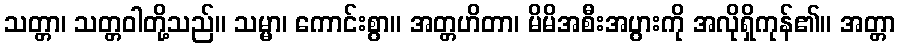
သတ္တာ၊ သတ္တဝါတို့သည်။ သမ္မာ၊ ကောင်းစွာ။ အတ္တဟိတာ၊ မိမိအစီးအပွားကို အလိုရှိကုန်၏။ အတ္တာ